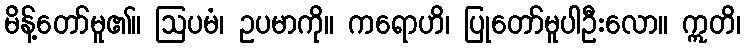
မိန့်တော်မူ၏။ ဩပမံ၊ ဥပမာကို။ ကရောဟိ၊ ပြုတော်မူပါဦးလော။ ဣတိ၊